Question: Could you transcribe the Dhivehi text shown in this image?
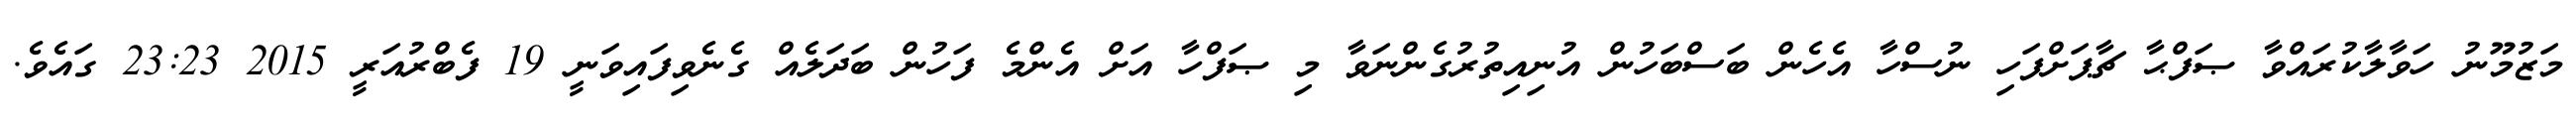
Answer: މަޒުމޫނު ހަވާލާކުރައްވާ ޞަފްޙާ ޗާޕަށްފަހި ނުސްހާ އެހެން ބަސްބަހުން އުނިއިތުރުގެންނަވާ މި ޞަފްހާ އަށް އެންމެ ފަހުން ބަދަލެއް ގެނެވިފައިވަނީ 19 ފެބްރުއަރީ 2015 23:23 ގައެވެ.